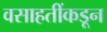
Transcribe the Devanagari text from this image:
वसाहतींकडून